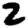
Digit: 2